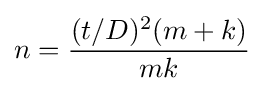
n={\frac {(t/D)^{2}(m+k)}{mk}}